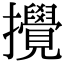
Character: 攪